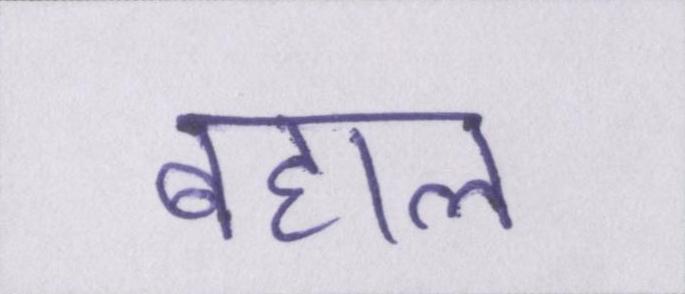
बहाल